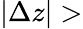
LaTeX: |\Delta z|>